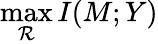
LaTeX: \operatorname*{max}_{\mathcal{R}}I(M;Y)